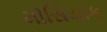
મોસિયાક